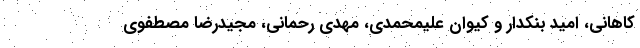
کاهانی، امید بنکدار و کیوان علیمحمدی، مهدی رحمانی، مجیدرضا مصطفوی